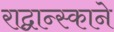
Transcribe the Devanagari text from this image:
राद्वान्स्काने